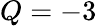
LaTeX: Q=-3